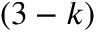
( 3 - k )